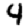
Digit: 4